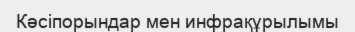
Кәсіпорындар мен инфрақұрылымы